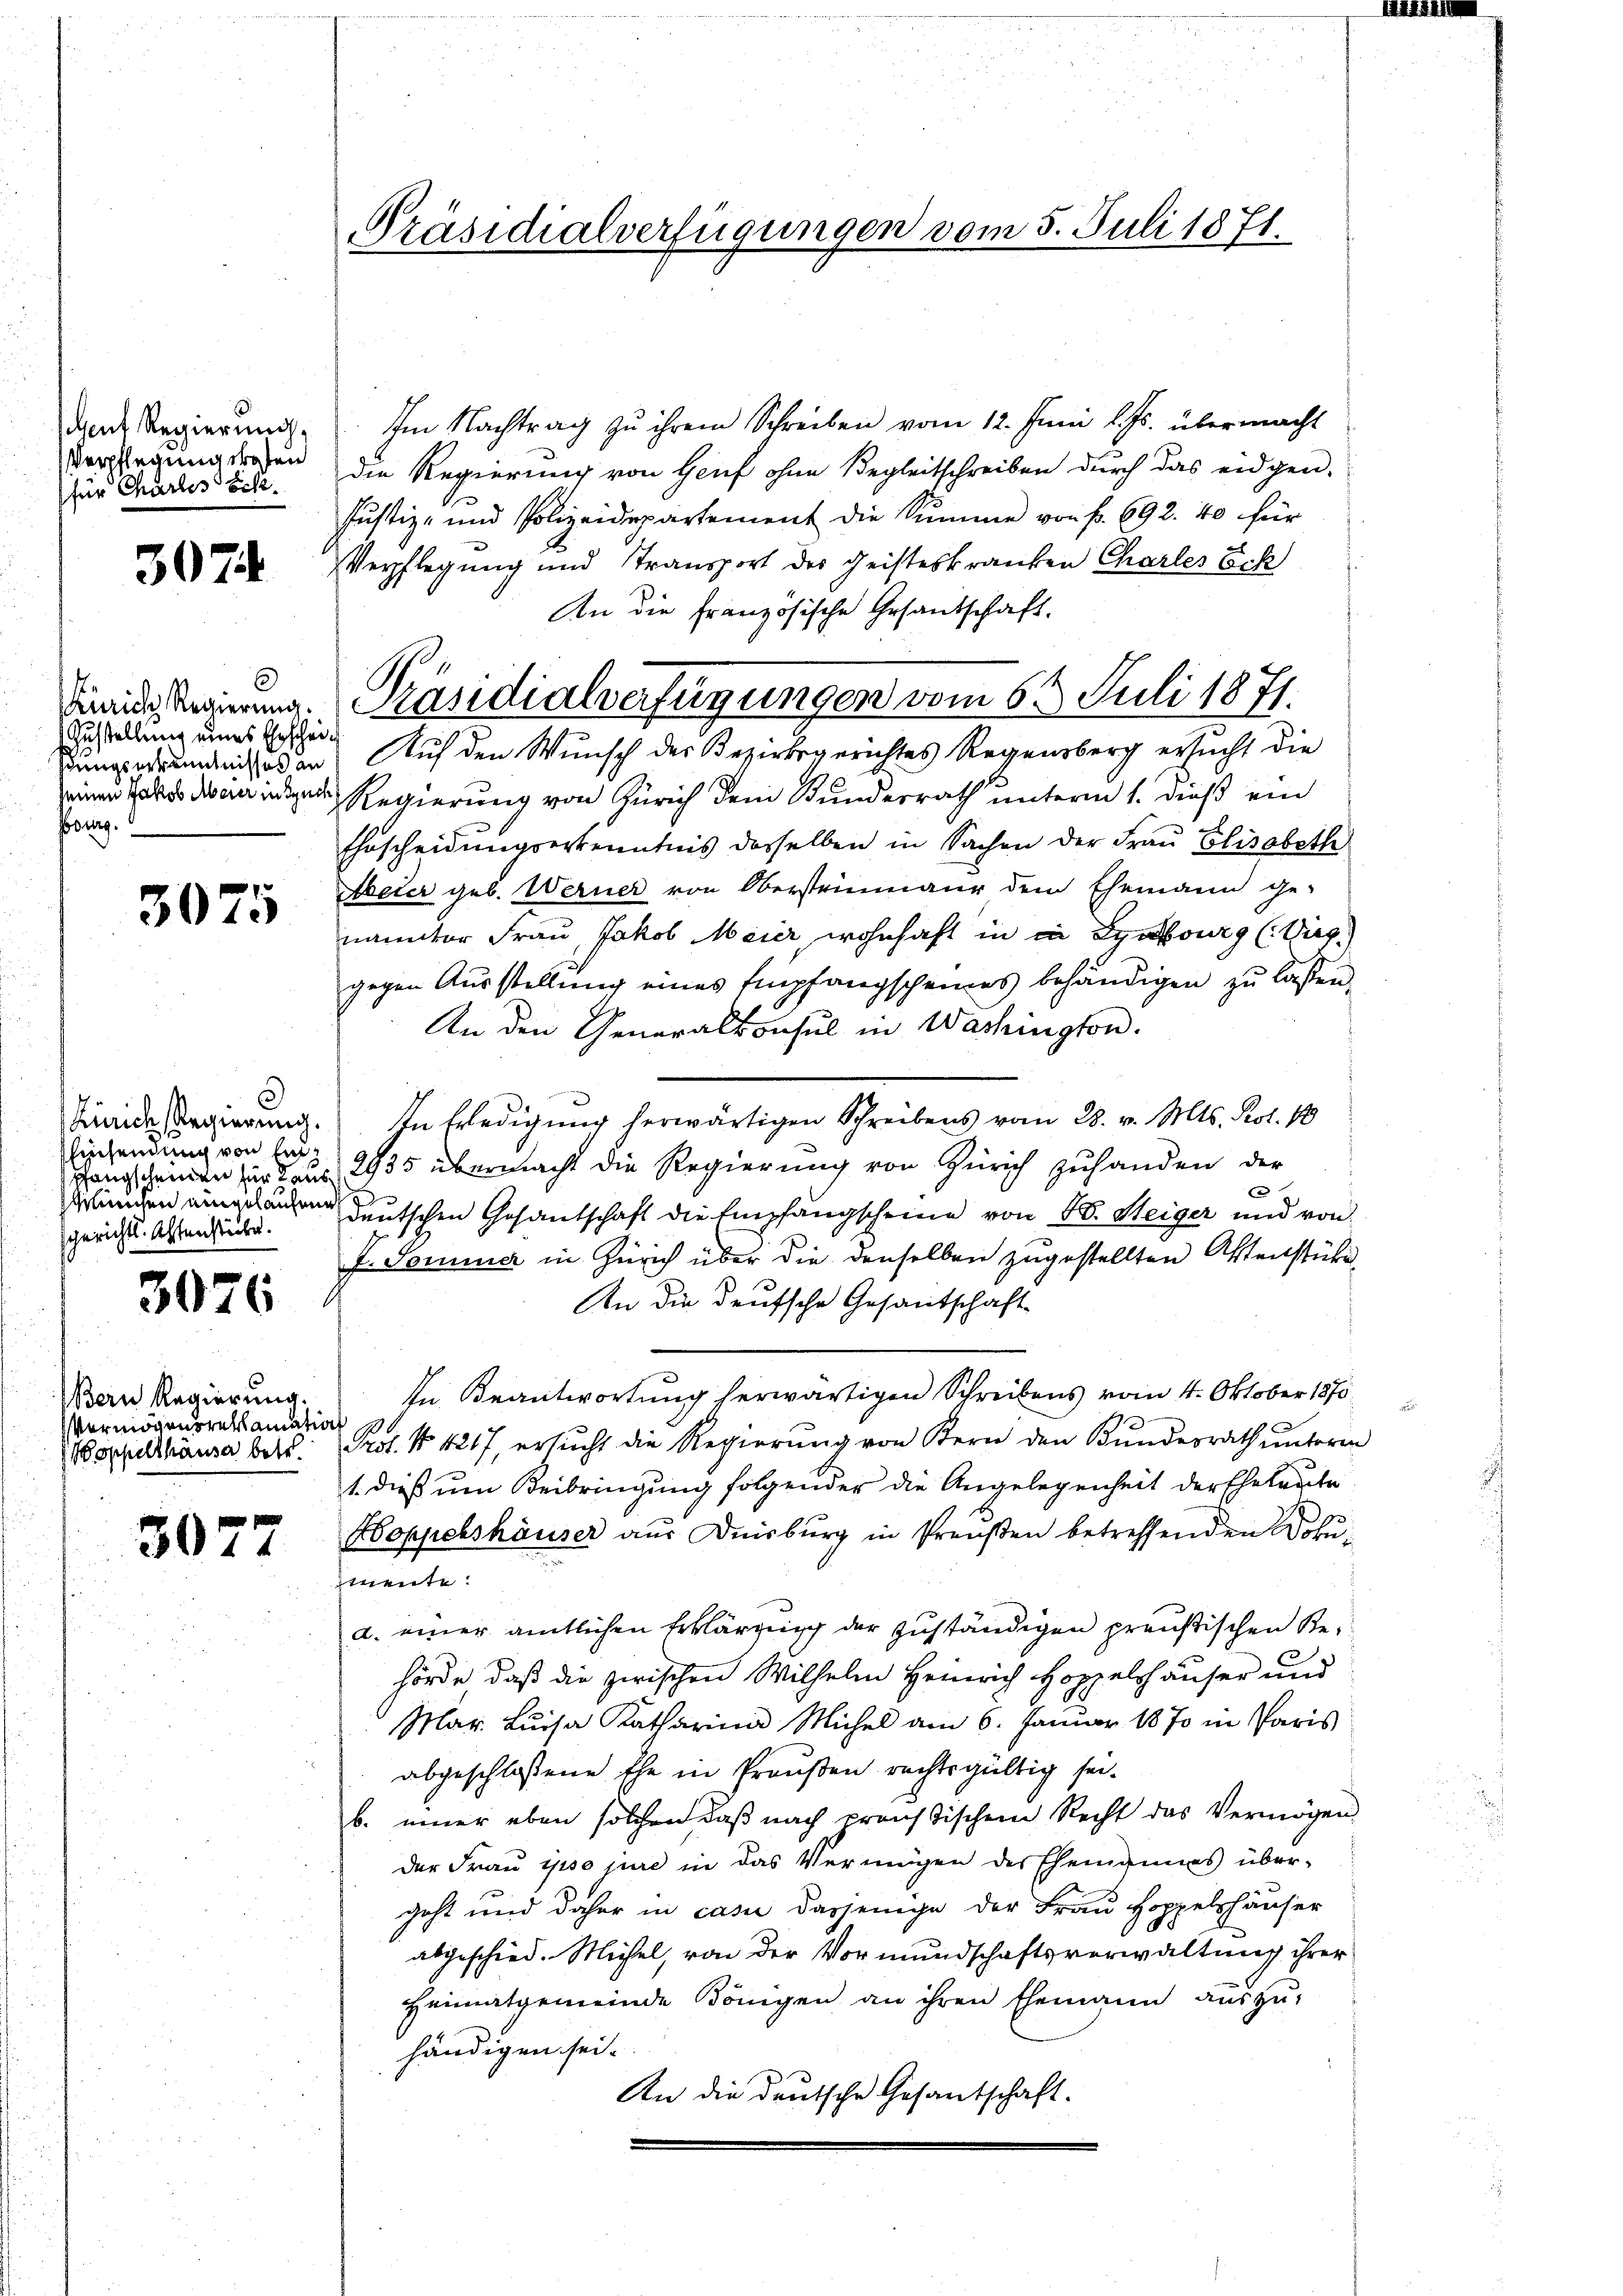
dent Regierung,
Verpflegung wesen
für Charlis Sch.

307

3
Zürich Regierung.
Zustellung eines Erscheisungserkenntnisses an
seinen Jakob Aberer in such
Bourg.

3075

Zürich Regierung.
Eisendung von Ent
pfangscheinen für Taus
sclichen eingelaufene
sgerichts. Altenstücke.

3076

Bern Regierung.
Vermögensreklamation
Boppelthäuser betr.

3077

Präsidialverfügungen vom 5. Juli 1871.

Im Nachtrag zu ihrem Schreiben vom 12. Juni l. Js. übermacht
die Regierung von Genf ohne Begleitschreiben durch das eidgen-
Justiz- und Polizeidepartement die Summe von f. 692. 40 für
Verpflegung und Transport der Geisteskranken Charles Ech
An die französische Gesandschaft.
Auf den Wunsch des Bezirksgerichtes Regensberg ersucht die
Regierung von Zürich dem Bundesrath unterm 1. dieß ein
Ehrscheidungserkenntnis desselben in Sachen der Frau Elisabeth
Aeter geb. Werner von Obersteinmaur dem Ehemann ge-
nannter Frau Jakob Meier, wohnhaft in in Symbourg (Weggegen Ausstellung eines Empfangscheines behändigen zu lassen.
An den Generalkonsul in Washington.
In Erledigung herwärtigen Schreibens vom 28. v. Mts. Prot. 18
2935 übermacht die Regierung von Zürich zuhanden der
e
s
deutschen Gesantschaft die Empfangscheine von 5. Heiger und von
f. Somme in Zürich über die denselben zugestellten Aktenstüke¬
An die Deutsche Gesantschaft
In Beantwortung herwärtigen Schreibens vom 4. Oktober 1870
Prof. No 4217, ersucht die Regierung von Bern den Bundesrath unterm
1. dieß um Beibringung folgender die Angelegenheit der Eheleute
Hoppelshäuser aus Duisburg in Preußen betreffenden Doku-
mente.
a. einer amtlichen Erklärung der zuständigen preußischen Behörde, daß die zwischen Wilhelm Heinrich Hoppelshäuser und
Mar. Luisa Katharina Michel am 6. Januar 1870 in Paris
abgeschlossene Ehe in Preußen rechtsgültig sei.
b. einer eben solchen daß nach preussischem Recht das Vermögen,
der Frau ipso jure in das Vermögen des Ehemannes über-
geht und daher in casi dasjenige der Frau Hoppelshäuser
abgeschied. Michel, von der Vormundschaftsverwaltung ihrer
Heimatgemeinde Königen an ihren Ehemann auszu-
händigen sei.
An die deutsche Gesantschaft.

Präsidialverfügungen vom 63. Juli 1871.